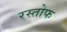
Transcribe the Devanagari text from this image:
रस्तोफ